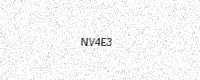
Text: NV4E3